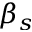
\beta _ { s }